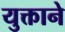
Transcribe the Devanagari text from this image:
युक्ताने